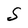
Character: S